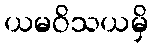
ယမဝိသယမှိ